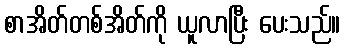
စာအိတ်တစ်အိတ်ကို ယူလာပြီး ပေးသည်။